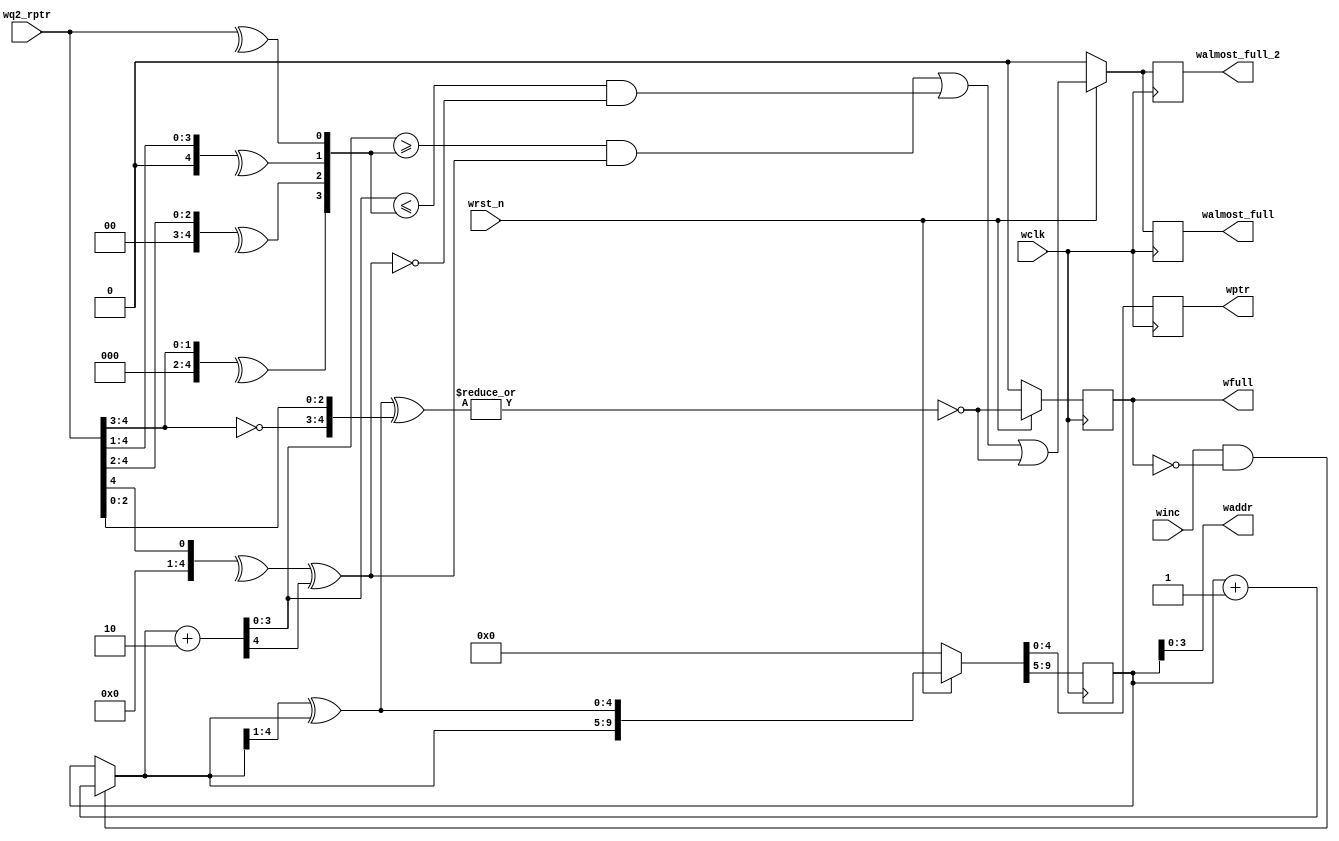
/*
 * Copyright (c) 2017 
 * All rights reserved.
 * 
 * - Computer Architecture Group, University of Heidelberg
 * 		Markus Mueller <markus.mueller@ziti.uni-heidelberg.de>
 * - EXTOLL GmbH
 * 		Mondrian Nueslle <mondrian.nuessle@extoll.de>
 * 
 * This file is confidential and may not be distributed.
 * 
 * Usage granted for the assignments of the "Design Digitaler Schlatkreise" Lecture,
 * ADL Group, University of Karlsruhe (KIT)
 * 
 * For other usages, please contact the Copyright holders for permission.
 *
 * 
 *
 * University of Heidelberg
 * Computer Architecture Group
 * B6 26
 * 68131 Mannheim
 * Germany
 * http://www.ra.ziti.uni-heidelberg.de
 *
 */ 
`default_nettype none

module full_logic_two_threshold #(
		parameter ASIZE					= 4,
		parameter HANDSHAKE				= 0,
		parameter ALMOST_FULL_THRES		= 2,
		parameter ALMOST_FULL_THRES_2	= 2
	) (
		input wire				winc, wclk, wrst_n,
		input wire [ASIZE:0]	wq2_rptr,
		output reg				wfull,
		output reg				walmost_full,
		output reg				walmost_full_2,
		output reg [ASIZE:0]	wptr,
		output wire [ASIZE-1:0]	waddr
	);

	reg [ASIZE:0]	wbin;

	wire [ASIZE:0]	wbin_next;
	wire			wfull_w;

	genvar			j;
	genvar			k;

	assign waddr		= wbin[ASIZE-1:0];
	// calculate next write pointer
	assign wbin_next	= (winc && !wfull) ? (wbin + 1'b1) : wbin;

	generate
		if (ALMOST_FULL_THRES != 0)
		begin: almost_full_one
			wire [ASIZE:0]	walmost_full_val;
			wire [ASIZE:0]	conv_rptr_w;
			wire			walmost_full_w;

			for (j=0; j <= ASIZE; j=j+1)
			begin: convert_gen_one
				if (HANDSHAKE)
					assign conv_rptr_w[j] = wq2_rptr[j];
				else
					assign conv_rptr_w[j] = ^(wq2_rptr >> j);	// this can be pipelined if timing is tight
			end

			// add almost full threshold to write pointer
			assign walmost_full_val	= wbin_next + ALMOST_FULL_THRES[ASIZE:0];	// this can be pipelined if timing is tight
			// calculate next almost full signal, if both pointer are in the same round, the WP must be larger, otherwise smaller then the RP
			assign walmost_full_w	= ((walmost_full_val[(ASIZE-1):0] >= conv_rptr_w[(ASIZE-1):0]) && (conv_rptr_w[ASIZE] ^ walmost_full_val[ASIZE])) ||
										((walmost_full_val[(ASIZE-1):0] <= conv_rptr_w[(ASIZE-1):0]) && !(conv_rptr_w[ASIZE] ^ walmost_full_val[ASIZE]));

			`ifdef ASYNC_RES
			always @(posedge wclk or negedge wrst_n) `else
			always @(posedge wclk) `endif
			begin
				if (!wrst_n)
					walmost_full	<= 1'b0;
				else
					walmost_full	<= walmost_full_w || wfull_w;
			end
		end
		else
		begin: no_almost_full_one
			`ifdef ASYNC_RES
			always @(posedge wclk or negedge wrst_n) `else
			always @(posedge wclk) `endif
				walmost_full		<= 1'b0;
		end

		if (ALMOST_FULL_THRES_2 != 0)
		begin: almost_full_two
			wire [ASIZE:0]	walmost_full_val_th2;
			wire [ASIZE:0]	conv_rptr_w_th2;
			wire			walmost_full_w_th2;

			for (k=0; k <= ASIZE; k=k+1)
			begin: gen11
				if (HANDSHAKE)
					assign conv_rptr_w_th2[k] = wq2_rptr[k];
				else
					assign conv_rptr_w_th2[k] = ^(wq2_rptr >> k); //this can be pipelined if timing is tight
			end

			// add almost full threshold to write pointer
			assign walmost_full_val_th2	= wbin_next + ALMOST_FULL_THRES_2[ASIZE:0]; //this can be pipelined if timing is tight
			// calculate next almost full signal, if both pointer are in the same round, the WP must be larger, otherwise smaller then the RP
			assign walmost_full_w_th2	= ((walmost_full_val_th2[(ASIZE-1):0] >= conv_rptr_w_th2[(ASIZE-1):0]) && (conv_rptr_w_th2[ASIZE] ^ walmost_full_val_th2[ASIZE])) ||
										((walmost_full_val_th2[(ASIZE-1):0] <= conv_rptr_w_th2[(ASIZE-1):0]) && !(conv_rptr_w_th2[ASIZE] ^ walmost_full_val_th2[ASIZE]));

			`ifdef ASYNC_RES
			always @(posedge wclk or negedge wrst_n) `else
			always @(posedge wclk) `endif
			begin
				if (!wrst_n)
					walmost_full_2	<= 1'b0;
				else
					walmost_full_2	<= walmost_full_w_th2 || wfull_w;
			end
		end
		else
		begin: no_almost_full_two
			`ifdef ASYNC_RES
			always @(posedge wclk or negedge wrst_n) `else
			always @(posedge wclk) `endif
				walmost_full_2		<= 1'b0;
		end

		if (HANDSHAKE)
		begin: handshake_gen
			// calculate next full signal
			assign wfull_w	= !(|(wq2_rptr[(ASIZE-1):0] ^ wbin_next[(ASIZE-1):0])) && (wq2_rptr[(ASIZE)] ^ wbin_next[(ASIZE)]);

			`ifdef ASYNC_RES
			always @(posedge wclk or negedge wrst_n) `else
			always @(posedge wclk) `endif
			begin
				if (!wrst_n)
					{wbin, wptr}	<= {2*(ASIZE+1) {1'b0}};
				else
					{wbin, wptr}	<= {wbin_next, wbin_next};
			end
		end
		else
		begin: direct_sync_gen
			wire [ASIZE:0]	wgray_next;

			// convert WP to gray
			assign wgray_next	= (wbin_next>>1) ^ wbin_next;
			// calculate next full signal
			assign wfull_w		= ~(|(wgray_next ^ {~wq2_rptr[ASIZE:ASIZE-1], wq2_rptr[ASIZE-2:0]}));

			`ifdef ASYNC_RES
			always @(posedge wclk or negedge wrst_n) `else
			always @(posedge wclk) `endif
			begin
				if (!wrst_n)
					{wbin, wptr}	<= {2*(ASIZE+1) {1'b0}};
				else
					{wbin, wptr}	<= {wbin_next, wgray_next};
			end
		end
	endgenerate

	`ifdef ASYNC_RES
	always @(posedge wclk or negedge wrst_n) `else
	always @(posedge wclk) `endif
	begin
		if (!wrst_n)
			wfull					<= 1'b0;
		else
			wfull					<= wfull_w;
	end

`ifdef CAG_ASSERTIONS
	final
	begin
		write_pointer_not_zero_assert:	assert (wptr == wq2_rptr);
		full_set_assert:				assert (!wfull);
		almost_full_set_assert:			assert (!walmost_full);
		almost_full_2_set_assert:		assert (!walmost_full_2);
	end
`endif

endmodule

`default_nettype wire